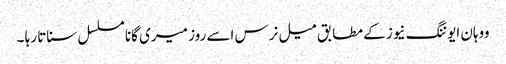
ووہان ایوننگ نیوز کے مطابق میل نرس اسے روز میری گانا مسلسل سناتا رہا ۔